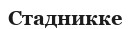
Стадникке